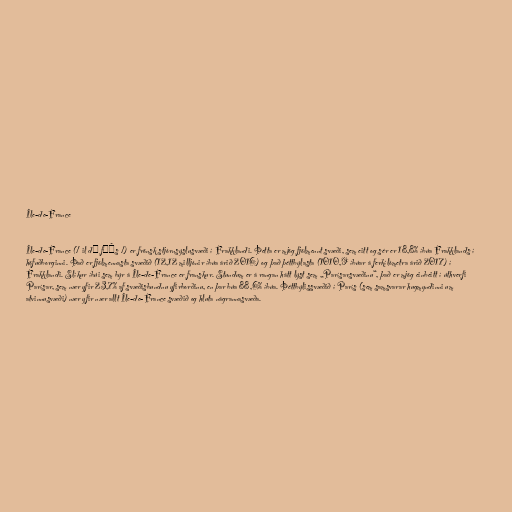
Île-de-France

Île-de-France (/ il də fʁɑ̃s /) er frönsk stjórnsýslusvæði í Frakklandi. Þetta er mjög fjölmennt svæði, sem eitt og sér er 18,8% íbúa Frakklands í
höfuðborginni. Það er fjölmennasta svæðið (12,12 milljónir íbúa árið 2016) og það þéttbýlasta (1010,9 íbúar á ferkílómetra árið 2017) í
Frakklandi. Slíkur íbúi sem býr á Île-de-France er franskur. Stundum er á rangan hátt lýst sem „Parísarsvæðinu“, það er mjög einbeitt í úthverfi
Parísar, sem nær yfir 23,7% af svæðisbundnu yfirborðinu, en þar búa 88,6% íbúa. Þéttbýlissvæðið í París (sem samsvarar hugmyndinni um
atvinnusvæði) nær yfir nær allt Île-de-France svæðið og hluta nágrannasvæða.